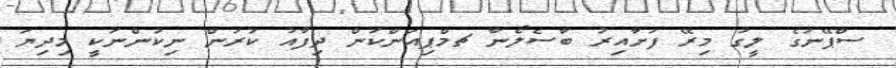
ސްޕޭނުގެ ލީގު މިރޭ ފަށާއިރު ބާސެލޯނާ ޗމްޕިއަންކަން ދިފާއު ކުރަން ނިކުންނަކީ މިދިޔަ